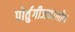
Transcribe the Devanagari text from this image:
पोर्तुगीजकालीन